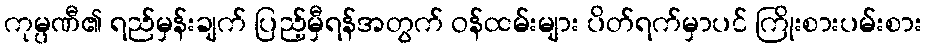
ကုမ္ပဏီ၏ ရည်မှန်းချက် ပြည့်မှီရန်အတွက် ဝန်ထမ်းများ ပိတ်ရက်မှာပင် ကြိုးစားပမ်းစား